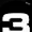
Digit: 3